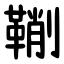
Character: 鞩